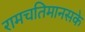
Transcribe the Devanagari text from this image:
रामचतिमानसके